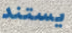
يستند